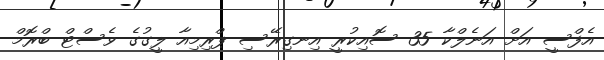
އެފްސީ އަށް އަނެލްކާ 35 ސޮއިކުރީ އިނގިރޭސި ޕްރިމިއާ ލީގުގެ ވެސްޓް ބްރޮމް